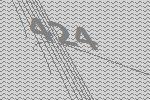
424